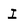
Character: I